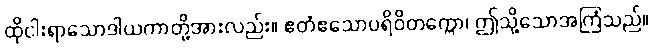
ထိုငါးရာသောဒါယကာတို့အားလည်း။ ဧတံဧသောပရိဝိတက္ကော၊ ဤသို့သောအကြံသည်။